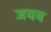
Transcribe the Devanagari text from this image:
जवब